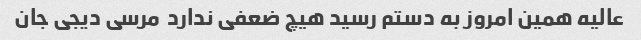
عالیه همین امروز به دستم رسید هیچ ضعفی ندارد  مرسی دیجی جان